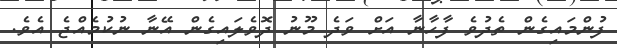
ފުންމައިގެން ތެދުވެ ފާހާނާ އަށް ވަދެ މޫނު ދޮވެލައިގެން އޭނާ ނުކުމެއްޖެ އެވެ.